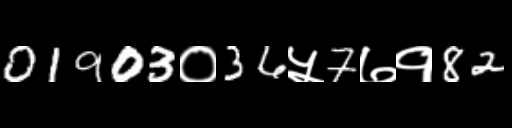
Text: 01903०36५7७१82